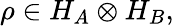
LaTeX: \rho\in H_{A}\otimes H_{B},